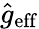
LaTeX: \hat{g}_{\mathrm{eff}}